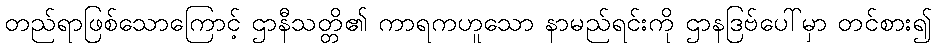
တည်ရာဖြစ်သောကြောင့် ဌာနီသတ္တိ၏ ကာရကဟူသော နာမည်ရင်းကို ဌာနဒြဗ်ပေါ်မှာ တင်စား၍